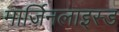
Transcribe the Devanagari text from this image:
मार्जिनलाइस्ड